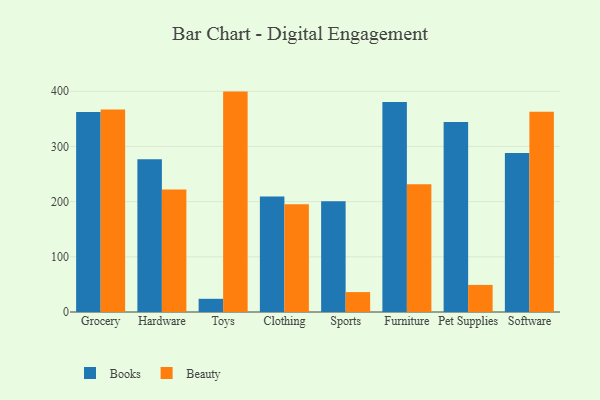
{"axis": {"x": "Category", "y": "Latency (ms)"}, "legend": ["Beauty", "Books"], "data": [{"x": "Grocery", "y": 362.6, "type": "Books"}, {"x": "Grocery", "y": 366.8, "type": "Beauty"}, {"x": "Hardware", "y": 276.8, "type": "Books"}, {"x": "Hardware", "y": 222.0, "type": "Beauty"}, {"x": "Toys", "y": 23.9, "type": "Books"}, {"x": "Toys", "y": 399.4, "type": "Beauty"}, {"x": "Clothing", "y": 209.2, "type": "Books"}, {"x": "Clothing", "y": 195.2, "type": "Beauty"}, {"x": "Sports", "y": 200.5, "type": "Books"}, {"x": "Sports", "y": 36.1, "type": "Beauty"}, {"x": "Furniture", "y": 380.4, "type": "Books"}, {"x": "Furniture", "y": 231.7, "type": "Beauty"}, {"x": "Pet Supplies", "y": 344.4, "type": "Books"}, {"x": "Pet Supplies", "y": 49.1, "type": "Beauty"}, {"x": "Software", "y": 288.3, "type": "Books"}, {"x": "Software", "y": 363.1, "type": "Beauty"}]}